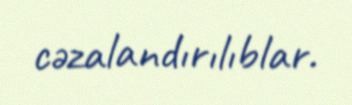
cəzalandırılıblar.